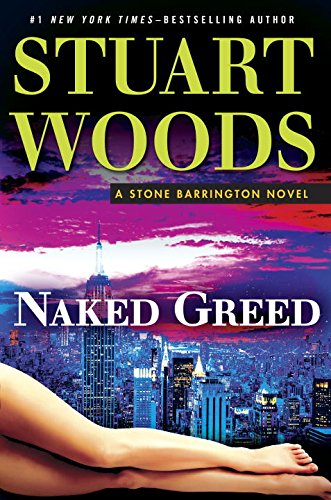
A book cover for Naked Greed (A Stone Barrington Novel); Stuart Woods; Literature & Fiction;